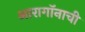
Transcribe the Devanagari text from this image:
आरागॉनाची